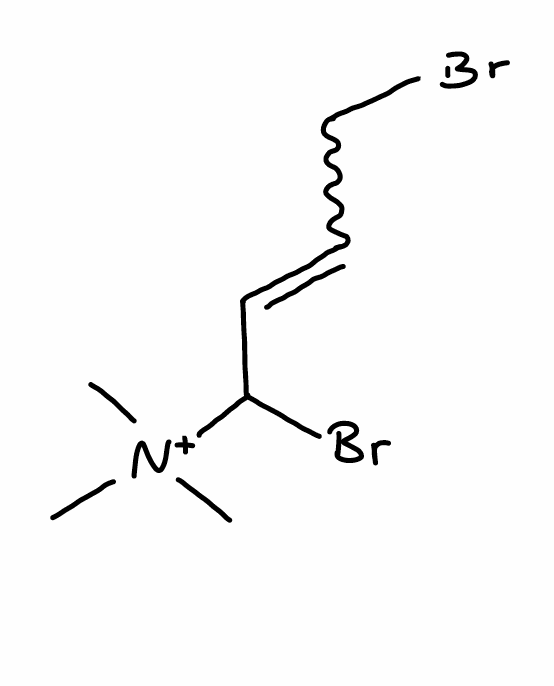
Simplified molecular-input line-entry system (SMILES) notation of the given molecule:
C[N+](C)(C)C(C=CCBr)Br